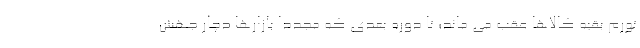
تورم بقیه کالاها عقب می ماند؛ تا دوره بعدی که مجددا بازارها دچار جهش